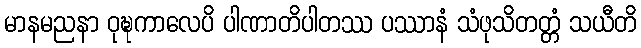
မာနမညနာ ဝုဍ္ဎကာလေပိ ပါဏာတိပါတဿ ပဿာနံ သံဖုသိတတ္တံ သယီတိ